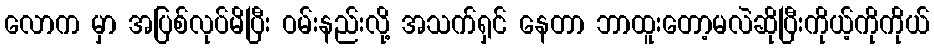
လောက မှာ အပြစ်လုပ်မိပြီး ဝမ်းနည်းလို့ အသက်ရှင် နေတာ ဘာထူးတော့မလဲဆိုပြီးကိုယ့်ကိုကိုယ်